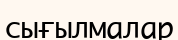
сығылмалар